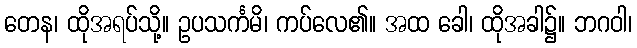
တေန၊ ထိုအရပ်သို့။ ဥပသင်္ကမိ၊ ကပ်လေ၏။ အထ ခေါ၊ ထိုအခါ၌။ ဘဂဝါ၊